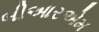
બીઆરએમ